Day School Certificate (Higher). Junior Leaving Certificate, 1938
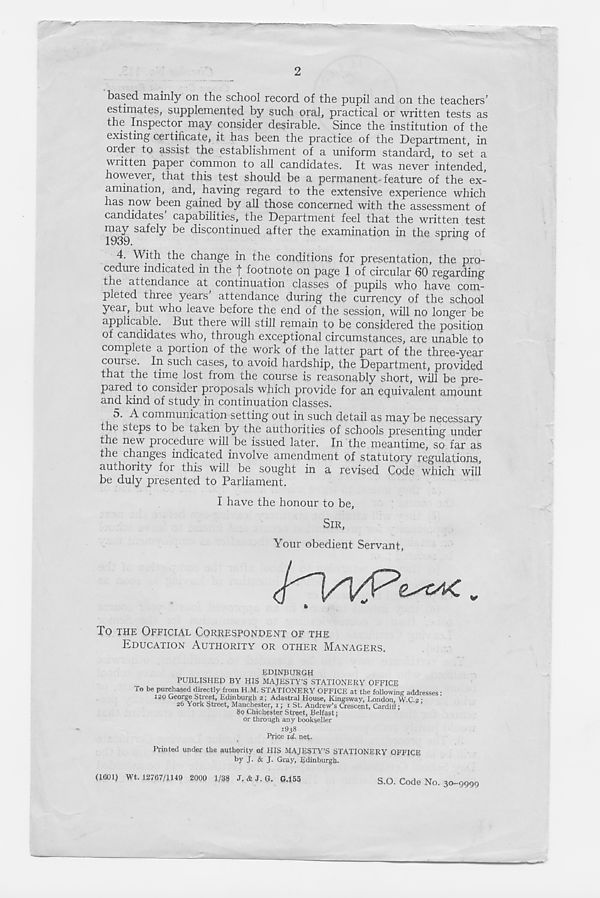
2
based mainly on the school record of the pupil and on the teachers’
estimates, supplemented by such oral, practical or written tests as
the Inspector may consider desirable. Since the institution of the
existing certificate, it has been the practice of the Department, in
order to assist the establishment of a uniform standard, to set a
written papei common to all candidates. It was never intended,
however, that this test should be a permanent feature of the ex-
amination, and, having regard to the extensive experience which
has now been gained by all those concerned with the assessment of
candidates capabilities, the Department feel that the written test
may safely be discontinued after the examination in the spring of
1939.
4. With the change in the conditions for presentation, the pro-
cedure indicated in the | footnote on page 1 of circular 60 regarding
the attendance at continuation classes of pupils who have com-
pleted three years’ attendance during the currency of the school
year, but who leave before the end of the session, will no longer be
applicable. But there will still remain to be considered the position
of candidates who, through exceptional circumstances, are unable to
complete a portion of the work of the latter part of the three^year
course. In such cases, to avoid hardship, the Department, provided
that the time lost from the course is reasonably short, will be pre-
pared to consider proposals which provide for an equivalent amount
and kind of study in continuation classes.
5. A communication setting out in such detail as may be necessary
the sieps to be taken by the authorities of schools presenting under
the new procedure will be issued later. In the meantime, so far as
the changes indicated involve amendment of statutory regulations,
authority for this will be sought in a revised Code which will
be duly presented to Parliament.
I have the honour to be,
SIR,
Your obedient Servant,
To THE OFFICIAL CORRESPONDENT OF THE
EDUCATION AUTHORITY OR OTHER MANAGERS.
EDINBURGH
PUBLISHED BY HIS MAJESTY’S STATIONERY OFFICE
8o Chichester Street, Belfast;
or through any bookseller
1938
Price id. net-
Printed under the authority of HIS MAJESTY’S STATIONERY OFFICE
by J- & J- Gray, Edinburgh.
(1601) Wt. 12767/1149 2000 1/38 J. & J. G. G.155
S.O. Code No. 30-9999